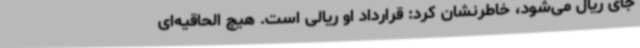
جای ریال می‌شود، خاطرنشان کرد: قرارداد او ریالی است. هیچ الحاقیه‌ای